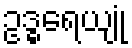
ဥဒ္ဓရေယျုံ